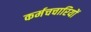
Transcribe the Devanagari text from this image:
कर्मचचारियों